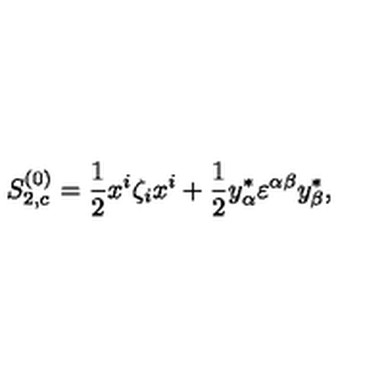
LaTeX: S _ { 2 , c } ^ { ( 0 ) } = { \frac { 1 } { 2 } } x ^ { i } \zeta _ { i } x ^ { i } + { \frac { 1 } { 2 } } y _ { \alpha } ^ { * } \varepsilon ^ { \alpha \beta } y _ { \beta } ^ { * } ,